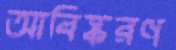
আবিষ্করণ